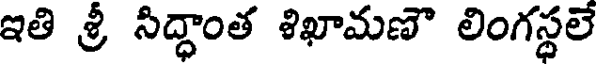
ఇతి శ్రీ సిద్ధాంత శిఖామణౌ లింగస్థలే